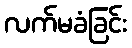
လက်မခံခြင်း